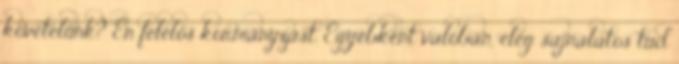
követelünk? Én felelős kormányzást. Egyébként valóban, elég sajnálatos tud